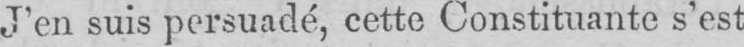
J’en suis persuadé, cette Constituante s’est